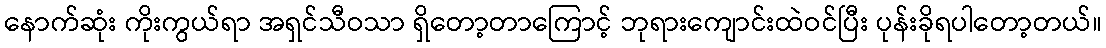
နောက်ဆုံး ကိုးကွယ်ရာ အရှင်သီဝသာ ရှိတော့တာကြောင့် ဘုရားကျောင်းထဲဝင်ပြီး ပုန်းခိုရပါတော့တယ်။